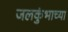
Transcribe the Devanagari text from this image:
जलकुंभाच्या